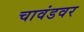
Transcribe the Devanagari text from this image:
चावंडवर